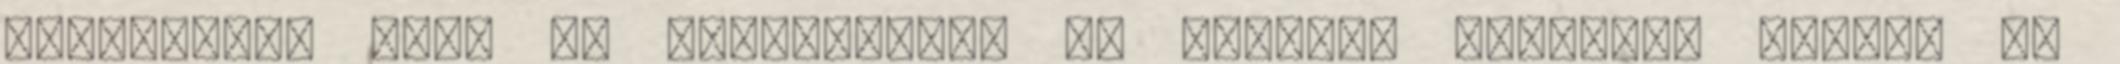
általában, hogy ne aggódjanak, és leírja, mennyire szuper az